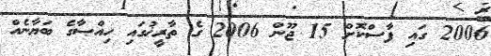
2006 ގައި ފާސްކޮށް 15 ޖޫން 2006 ގެ ތާރީޚުގައި ހިއްޞާގެ ބަޔާނެއް